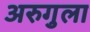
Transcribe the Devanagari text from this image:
अरुगुला